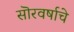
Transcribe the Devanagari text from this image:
सॊरवर्षाचे